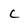
Character: c